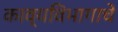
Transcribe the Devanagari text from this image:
काव्यविभागाचे